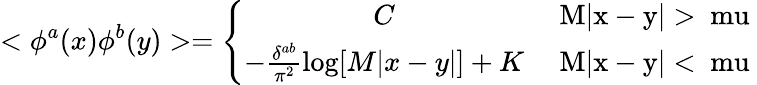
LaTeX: <\phi^{a}(x)\phi^{b}(y)>=\left\{ \begin{array}{cc}{{C}}&{{\mathrm{~M|x-y|>\ mu~}}}\\ {{-\frac{\delta^{ab}}{\pi^{2}}\log[M|x-y|]+K}}&{{\mathrm{~M|x-y|<\ mu~}}}\end{array}\right.